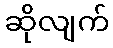
ဆိုလျက်